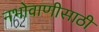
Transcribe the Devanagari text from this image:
नभोवाणीसाठी